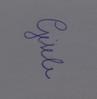
Signature authenticity: genuine